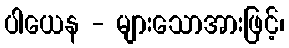
ပါယေန - များသောအားဖြင့်၊